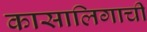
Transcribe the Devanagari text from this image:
कासालिगाची